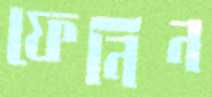
ফেনিন